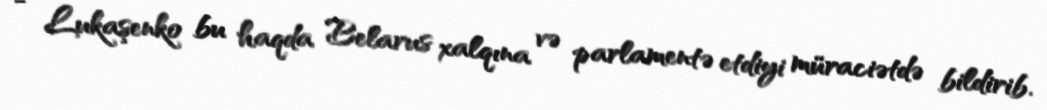
- Lukaşenko bu haqda Belarus xalqına və parlamentə etdiyi müraciətdə bildirib.